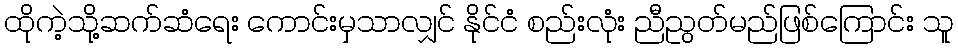
ထိုကဲ့သို့ဆက်ဆံရေး ကောင်းမှသာလျှင် နိုင်ငံ စည်းလုံး ညီညွတ်မည်ဖြစ်ကြောင်း သူ